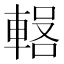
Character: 𰹕